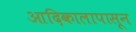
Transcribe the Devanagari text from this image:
आदिकालापासून